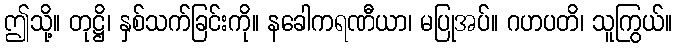
ဤသို့။ တုဋ္ဌိ၊ နှစ်သက်ခြင်းကို။ နခေါကရဏီယာ၊ မပြုအပ်။ ဂဟပတိ၊ သူကြွယ်။